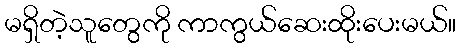
မရှိတဲ့သူတွေကို ကာကွယ်ဆေးထိုးပေးမယ်။